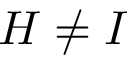
{ H \neq I }